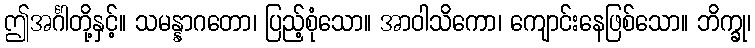
ဤအင်္ဂါတို့နှင့်။ သမန္နာဂတော၊ ပြည့်စုံသော။ အာဝါသိကော၊ ကျောင်းနေဖြစ်သော။ ဘိက္ခု၊